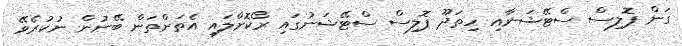
ގަން ޕޮލިސް ސްޓޭޝަނާއި ހިތަދޫ ޕޮލިސް ސްޓޭޝަނުގައި ރޯކޮށްލައި އެތަންތަން ބޭނުން ނުކުރެވޭ